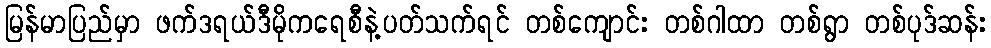
မြန်မာပြည်မှာ ဖက်ဒရယ်ဒီမိုကရေစီနဲ့ပတ်သက်ရင် တစ်ကျောင်း တစ်ဂါထာ တစ်ရွာ တစ်ပုဒ်ဆန်း